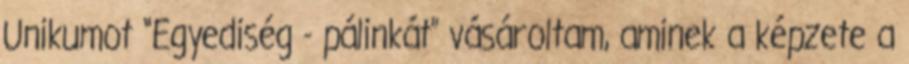
Unikumot “Egyediség - pálinkát” vásároltam, aminek a képzete a